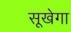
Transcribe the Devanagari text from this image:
सूखेगा